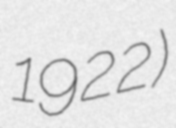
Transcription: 1922)